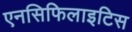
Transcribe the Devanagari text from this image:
एनसिफिलाइटिस